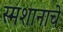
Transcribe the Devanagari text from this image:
स्मशानाचे